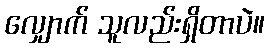
လျှောက် သူလည်းရှိတာပဲ။